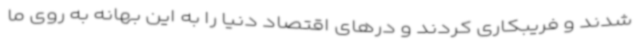
شدند و فریبکاری کردند و درهای اقتصاد دنیا را به این بهانه به روی ما